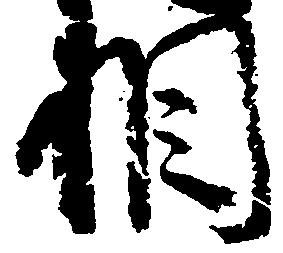
相